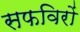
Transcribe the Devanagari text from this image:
सफविरों